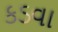
કડવા